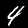
Label: 4